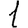
Digit: 1